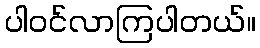
ပါဝင်လာကြပါတယ်။